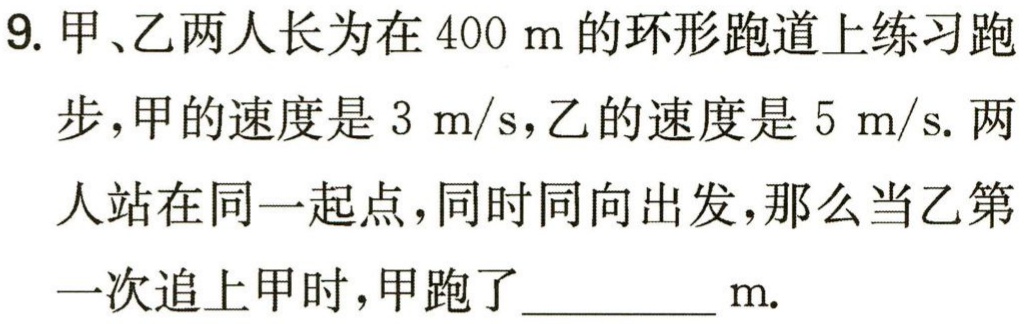
9. 甲、乙两人长为在 \(400\ m\) 的环形跑道上练习跑步，甲的速度是 \(3\ m/s\)，乙的速度是 \(5\ m/s\). 两人站在同一起点，同时同向出发，那么当乙第一次追上甲时，甲跑了__________ \(m\).